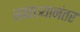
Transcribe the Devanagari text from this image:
स्वतात्र्यानंतर